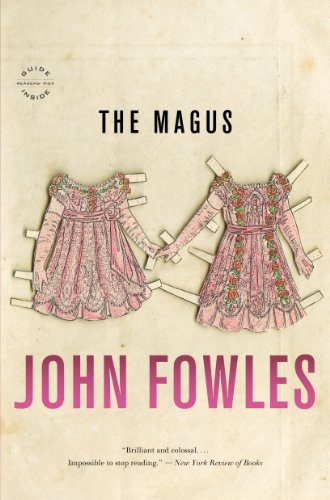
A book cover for The Magus; John Fowles; Romance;